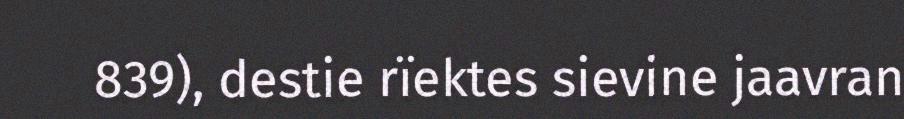
839), destie rïektes sievine jaavran